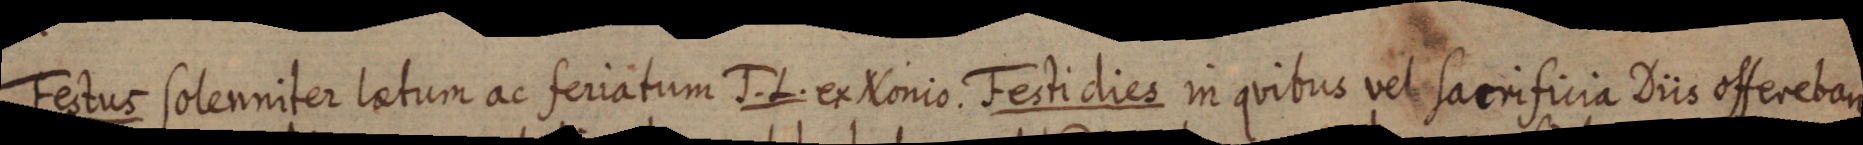
Festus solenniter latum ac feriatum J. L. ex Nonio. Festi dies in quibus vel sacrificia Diis offereban